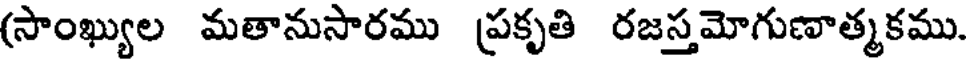
(సాంఖ్యుల మతానుసారము ప్రకృతి రజస్తమోగుణాత్మకము.